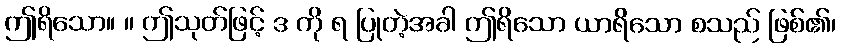
ဤရိသော။ ။ ဤသုတ်ဖြင့် ဒ ကို ရ ပြုတဲ့အခါ ဤရိသော ယာရိသော စသည် ဖြစ်၏၊